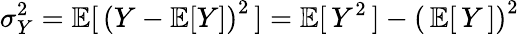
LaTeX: \sigma_{Y}^{2}=\operatorname{\mathbb{E}}[\, \left(Y-\operatorname{\mathbb{E}}[Y]\right)^{2}\, ]=\operatorname{\mathbb{E}}[\, Y^{2}\, ]-\left(\, \operatorname{\mathbb{E}}[\, Y\, ]\right)^{2}